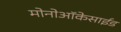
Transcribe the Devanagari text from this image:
मोनोऑकेसाईड